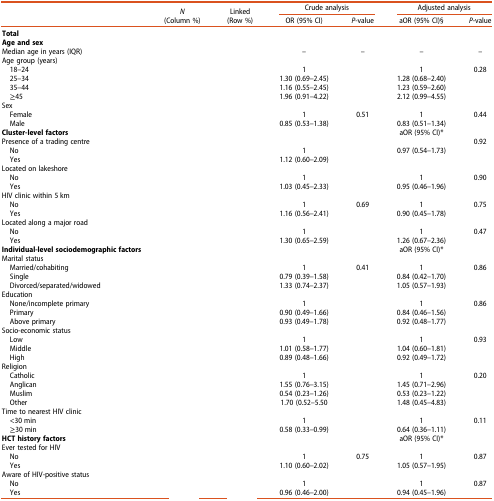
<table><thead><tr><td rowspan="2">[EMPTY_CELL]</td><td rowspan="2"><b><i>N</i>(Column %)</b></td><td rowspan="2"><b>Linked(Row %)</b></td><td colspan="2"><b>Crude analysis</b></td><td colspan="2"><b>Adjusted analysis</b></td></tr><tr><td><b>OR (95% CI)</b></td><td><b><i>P</i>-value</b></td><td><b>aOR (95% CI)§</b></td><td><b><i>P</i>-value</b></td></tr></thead><tbody><tr><td><b>Total</b></td><td>[EMPTY_CELL]</td><td>[EMPTY_CELL]</td><td>[EMPTY_CELL]</td><td>[EMPTY_CELL]</td><td>[EMPTY_CELL]</td><td>[EMPTY_CELL]</td></tr><tr><td><b>Age and sex</b></td><td>[EMPTY_CELL]</td><td>[EMPTY_CELL]</td><td>[EMPTY_CELL]</td><td>[EMPTY_CELL]</td><td>[EMPTY_CELL]</td><td>[EMPTY_CELL]</td></tr><tr><td>Median age in years (IQR)</td><td>[EMPTY_CELL]</td><td>[EMPTY_CELL]</td><td>–</td><td>–</td><td>–</td><td>–</td></tr><tr><td>Age group (years)</td><td>[EMPTY_CELL]</td><td>[EMPTY_CELL]</td><td>[EMPTY_CELL]</td><td>[EMPTY_CELL]</td><td>[EMPTY_CELL]</td><td>[EMPTY_CELL]</td></tr><tr><td> 18–24</td><td>[EMPTY_CELL]</td><td>[EMPTY_CELL]</td><td>1</td><td>[EMPTY_CELL]</td><td>1</td><td>0.28</td></tr><tr><td> 25–34</td><td>[EMPTY_CELL]</td><td>[EMPTY_CELL]</td><td>1.30 (0.69–2.45)</td><td>[EMPTY_CELL]</td><td>1.28 (0.68–2.40)</td><td>[EMPTY_CELL]</td></tr><tr><td> 35–44</td><td>[EMPTY_CELL]</td><td>[EMPTY_CELL]</td><td>1.16 (0.55–2.45)</td><td>[EMPTY_CELL]</td><td>1.23 (0.59–2.60)</td><td>[EMPTY_CELL]</td></tr><tr><td> ≥45</td><td>[EMPTY_CELL]</td><td>[EMPTY_CELL]</td><td>1.96 (0.91–4.22)</td><td>[EMPTY_CELL]</td><td>2.12 (0.99–4.55)</td><td>[EMPTY_CELL]</td></tr><tr><td>Sex</td><td>[EMPTY_CELL]</td><td>[EMPTY_CELL]</td><td>[EMPTY_CELL]</td><td>[EMPTY_CELL]</td><td>[EMPTY_CELL]</td><td>[EMPTY_CELL]</td></tr><tr><td> Female</td><td>[EMPTY_CELL]</td><td>[EMPTY_CELL]</td><td>1</td><td>0.51</td><td>1</td><td>0.44</td></tr><tr><td> Male</td><td>[EMPTY_CELL]</td><td>[EMPTY_CELL]</td><td>0.85 (0.53–1.38)</td><td>[EMPTY_CELL]</td><td>0.83 (0.51–1.34)</td><td>[EMPTY_CELL]</td></tr><tr><td><b>Cluster-level factors</b></td><td>[EMPTY_CELL]</td><td>[EMPTY_CELL]</td><td>[EMPTY_CELL]</td><td>[EMPTY_CELL]</td><td>aOR (95% CI)*</td><td>[EMPTY_CELL]</td></tr><tr><td>Presence of a trading centre</td><td>[EMPTY_CELL]</td><td>[EMPTY_CELL]</td><td>[EMPTY_CELL]</td><td>[EMPTY_CELL]</td><td>[EMPTY_CELL]</td><td>0.92</td></tr><tr><td> No</td><td>[EMPTY_CELL]</td><td>[EMPTY_CELL]</td><td>1</td><td>[EMPTY_CELL]</td><td>0.97 (0.54–1.73)</td><td>[EMPTY_CELL]</td></tr><tr><td> Yes</td><td>[EMPTY_CELL]</td><td>[EMPTY_CELL]</td><td>1.12 (0.60–2.09)</td><td>[EMPTY_CELL]</td><td>[EMPTY_CELL]</td><td>[EMPTY_CELL]</td></tr><tr><td>Located on lakeshore</td><td>[EMPTY_CELL]</td><td>[EMPTY_CELL]</td><td>[EMPTY_CELL]</td><td>[EMPTY_CELL]</td><td>[EMPTY_CELL]</td><td>[EMPTY_CELL]</td></tr><tr><td> No</td><td>[EMPTY_CELL]</td><td>[EMPTY_CELL]</td><td>1</td><td>[EMPTY_CELL]</td><td>1</td><td>0.90</td></tr><tr><td> Yes</td><td>[EMPTY_CELL]</td><td>[EMPTY_CELL]</td><td>1.03 (0.45–2.33)</td><td>[EMPTY_CELL]</td><td>0.95 (0.46–1.96)</td><td>[EMPTY_CELL]</td></tr><tr><td>HIV clinic within 5 km</td><td>[EMPTY_CELL]</td><td>[EMPTY_CELL]</td><td>[EMPTY_CELL]</td><td>[EMPTY_CELL]</td><td>[EMPTY_CELL]</td><td>[EMPTY_CELL]</td></tr><tr><td> No</td><td>[EMPTY_CELL]</td><td>[EMPTY_CELL]</td><td>1</td><td>0.69</td><td>1</td><td>0.75</td></tr><tr><td> Yes</td><td>[EMPTY_CELL]</td><td>[EMPTY_CELL]</td><td>1.16 (0.56–2.41)</td><td>[EMPTY_CELL]</td><td>0.90 (0.45–1.78)</td><td>[EMPTY_CELL]</td></tr><tr><td>Located along a major road</td><td>[EMPTY_CELL]</td><td>[EMPTY_CELL]</td><td>[EMPTY_CELL]</td><td>[EMPTY_CELL]</td><td>[EMPTY_CELL]</td><td>[EMPTY_CELL]</td></tr><tr><td> No</td><td>[EMPTY_CELL]</td><td>[EMPTY_CELL]</td><td>1</td><td>[EMPTY_CELL]</td><td>1</td><td>0.47</td></tr><tr><td> Yes</td><td>[EMPTY_CELL]</td><td>[EMPTY_CELL]</td><td>1.30 (0.65–2.59)</td><td>[EMPTY_CELL]</td><td>1.26 (0.67–2.36)</td><td>[EMPTY_CELL]</td></tr><tr><td><b>Individual-level sociodemographic factors</b></td><td>[EMPTY_CELL]</td><td>[EMPTY_CELL]</td><td>[EMPTY_CELL]</td><td>[EMPTY_CELL]</td><td>aOR (95% CI)*</td><td>[EMPTY_CELL]</td></tr><tr><td>Marital status</td><td>[EMPTY_CELL]</td><td>[EMPTY_CELL]</td><td>[EMPTY_CELL]</td><td>[EMPTY_CELL]</td><td>[EMPTY_CELL]</td><td>[EMPTY_CELL]</td></tr><tr><td> Married/cohabiting</td><td>[EMPTY_CELL]</td><td>[EMPTY_CELL]</td><td>1</td><td>0.41</td><td>1</td><td>0.86</td></tr><tr><td> Single</td><td>[EMPTY_CELL]</td><td>[EMPTY_CELL]</td><td>0.79 (0.39–1.58)</td><td>[EMPTY_CELL]</td><td>0.84 (0.42–1.70)</td><td>[EMPTY_CELL]</td></tr><tr><td> Divorced/separated/widowed</td><td>[EMPTY_CELL]</td><td>[EMPTY_CELL]</td><td>1.33 (0.74–2.37)</td><td>[EMPTY_CELL]</td><td>1.05 (0.57–1.93)</td><td>[EMPTY_CELL]</td></tr><tr><td>Education</td><td>[EMPTY_CELL]</td><td>[EMPTY_CELL]</td><td>[EMPTY_CELL]</td><td>[EMPTY_CELL]</td><td>[EMPTY_CELL]</td><td>[EMPTY_CELL]</td></tr><tr><td> None/incomplete primary</td><td>[EMPTY_CELL]</td><td>[EMPTY_CELL]</td><td>1</td><td>[EMPTY_CELL]</td><td>1</td><td>0.86</td></tr><tr><td> Primary</td><td>[EMPTY_CELL]</td><td>[EMPTY_CELL]</td><td>0.90 (0.49–1.66)</td><td>[EMPTY_CELL]</td><td>0.84 (0.46–1.56)</td><td>[EMPTY_CELL]</td></tr><tr><td> Above primary</td><td>[EMPTY_CELL]</td><td>[EMPTY_CELL]</td><td>0.93 (0.49–1.78)</td><td>[EMPTY_CELL]</td><td>0.92 (0.48–1.77)</td><td>[EMPTY_CELL]</td></tr><tr><td>Socio-economic status</td><td>[EMPTY_CELL]</td><td>[EMPTY_CELL]</td><td>[EMPTY_CELL]</td><td>[EMPTY_CELL]</td><td>[EMPTY_CELL]</td><td>[EMPTY_CELL]</td></tr><tr><td> Low</td><td>[EMPTY_CELL]</td><td>[EMPTY_CELL]</td><td>1</td><td>[EMPTY_CELL]</td><td>1</td><td>0.93</td></tr><tr><td> Middle</td><td>[EMPTY_CELL]</td><td>[EMPTY_CELL]</td><td>1.01 (0.58–1.77)</td><td>[EMPTY_CELL]</td><td>1.04 (0.60–1.81)</td><td>[EMPTY_CELL]</td></tr><tr><td> High</td><td>[EMPTY_CELL]</td><td>[EMPTY_CELL]</td><td>0.89 (0.48–1.66)</td><td>[EMPTY_CELL]</td><td>0.92 (0.49–1.72)</td><td>[EMPTY_CELL]</td></tr><tr><td>Religion</td><td>[EMPTY_CELL]</td><td>[EMPTY_CELL]</td><td>[EMPTY_CELL]</td><td>[EMPTY_CELL]</td><td>[EMPTY_CELL]</td><td>[EMPTY_CELL]</td></tr><tr><td> Catholic</td><td>[EMPTY_CELL]</td><td>[EMPTY_CELL]</td><td>1</td><td>[EMPTY_CELL]</td><td>1</td><td>0.20</td></tr><tr><td> Anglican</td><td>[EMPTY_CELL]</td><td>[EMPTY_CELL]</td><td>1.55 (0.76–3.15)</td><td>[EMPTY_CELL]</td><td>1.45 (0.71–2.96)</td><td>[EMPTY_CELL]</td></tr><tr><td> Muslim</td><td>[EMPTY_CELL]</td><td>[EMPTY_CELL]</td><td>0.54 (0.23–1.26)</td><td>[EMPTY_CELL]</td><td>0.53 (0.23–1.22)</td><td>[EMPTY_CELL]</td></tr><tr><td> Other</td><td>[EMPTY_CELL]</td><td>[EMPTY_CELL]</td><td>1.70 (0.52–5.50</td><td>[EMPTY_CELL]</td><td>1.48 (0.45–4.83)</td><td>[EMPTY_CELL]</td></tr><tr><td>Time to nearest HIV clinic</td><td>[EMPTY_CELL]</td><td>[EMPTY_CELL]</td><td>[EMPTY_CELL]</td><td>[EMPTY_CELL]</td><td>[EMPTY_CELL]</td><td>[EMPTY_CELL]</td></tr><tr><td> &lt;30 min</td><td>[EMPTY_CELL]</td><td>[EMPTY_CELL]</td><td>1</td><td>[EMPTY_CELL]</td><td>1</td><td>0.11</td></tr><tr><td> ≥30 min</td><td>[EMPTY_CELL]</td><td>[EMPTY_CELL]</td><td>0.58 (0.33–0.99)</td><td>[EMPTY_CELL]</td><td>0.64 (0.36–1.11)</td><td>[EMPTY_CELL]</td></tr><tr><td><b>HCT history factors</b></td><td>[EMPTY_CELL]</td><td>[EMPTY_CELL]</td><td>[EMPTY_CELL]</td><td>[EMPTY_CELL]</td><td>aOR (95% CI)*</td><td>[EMPTY_CELL]</td></tr><tr><td>Ever tested for HIV</td><td>[EMPTY_CELL]</td><td>[EMPTY_CELL]</td><td>[EMPTY_CELL]</td><td>[EMPTY_CELL]</td><td>[EMPTY_CELL]</td><td>[EMPTY_CELL]</td></tr><tr><td> No</td><td>[EMPTY_CELL]</td><td>[EMPTY_CELL]</td><td>1</td><td>0.75</td><td>1</td><td>0.87</td></tr><tr><td> Yes</td><td>[EMPTY_CELL]</td><td>[EMPTY_CELL]</td><td>1.10 (0.60–2.02)</td><td>[EMPTY_CELL]</td><td>1.05 (0.57–1.95)</td><td>[EMPTY_CELL]</td></tr><tr><td>Aware of HIV-positive status</td><td>[EMPTY_CELL]</td><td>[EMPTY_CELL]</td><td>[EMPTY_CELL]</td><td>[EMPTY_CELL]</td><td>[EMPTY_CELL]</td><td>[EMPTY_CELL]</td></tr><tr><td> No</td><td>[EMPTY_CELL]</td><td>[EMPTY_CELL]</td><td>1</td><td>[EMPTY_CELL]</td><td>1</td><td>0.87</td></tr><tr><td> Yes</td><td>[EMPTY_CELL]</td><td>[EMPTY_CELL]</td><td>0.96 (0.46–2.00)</td><td>[EMPTY_CELL]</td><td>0.94 (0.45–1.96)</td><td>[EMPTY_CELL]</td></tr></tbody></table>